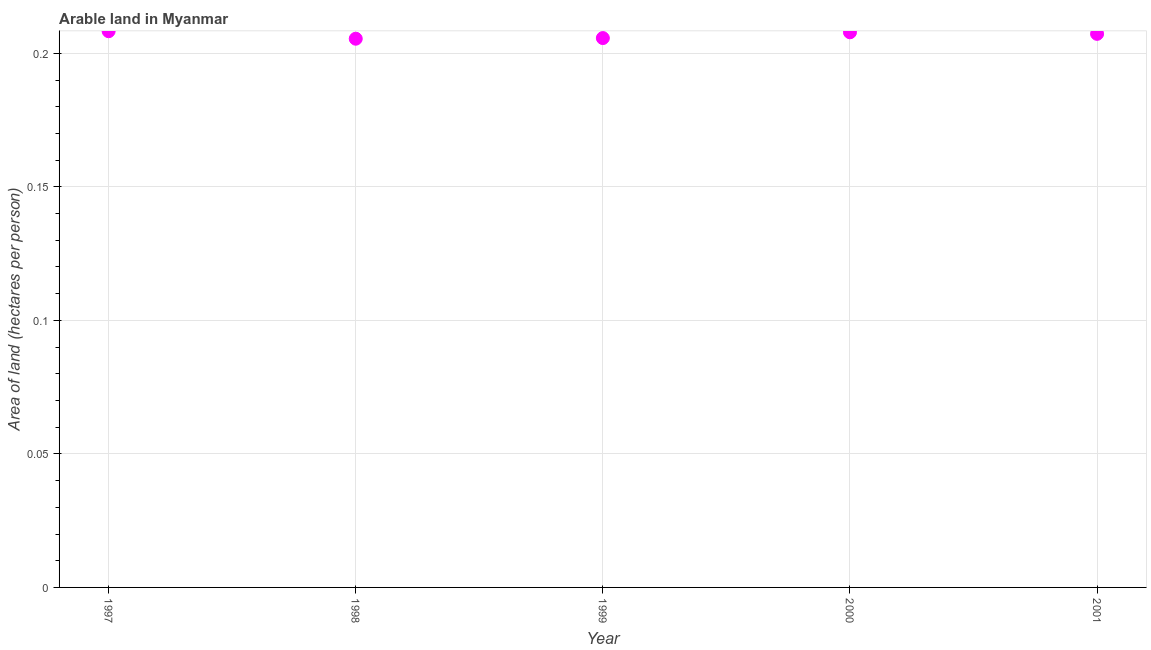
| Year | Arable land |
 | --- | --- |
 | 1997 | 0.208 |
 | 1998 | 0.205 |
 | 1999 | 0.206 |
 | 2000 | 0.208 |
 | 2001 | 0.207 |